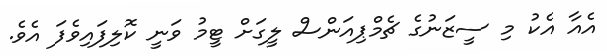
އެއާ އެކު މި ސީޒަނުގެ ޗެމްޕިއަންސް ލީގަށް ޓީމު ވަނީ ކޮލިފައިވެފަ އެވެ.